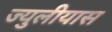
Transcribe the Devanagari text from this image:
ज्युलीयास